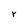
Character: r